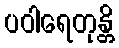
ပဝါရေတုန္တိ